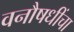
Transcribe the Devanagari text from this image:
वनौषधींचा